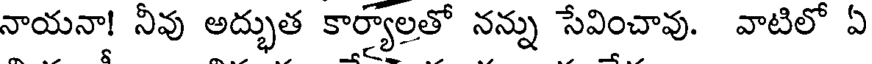
నాయనా! నీవు అద్భుత కార్యాలతో నన్ను సేవించావు. వాటిలో ఏ